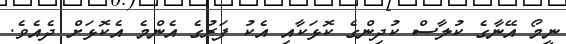
ނީމޯ އޭނާގެ ކުލާސް ކުދިންގެ ކޮޅަކާއި އެކު ފަރުގެ އެންމެ އެކޮޅަށް ދެއެވެ.